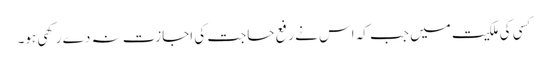
کسی کی ملکیت میں جب کہ اس نے رفع حاجت کی اجازت نہ دے رکھی ہو۔